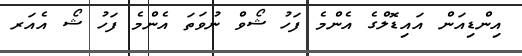
އިންޑިއަން އައިޑޮލްގެ އެންމެ ފަހު ޝޯވް ނުވަތަ އެންމެ ފަހު ޝޯ އެއަރ